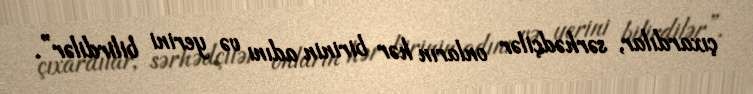
çıxardılar, sərhədçilər onların hər birinin adını və yerini bilirdilər”.